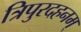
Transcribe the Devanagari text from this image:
त्रिपुरदहनम्